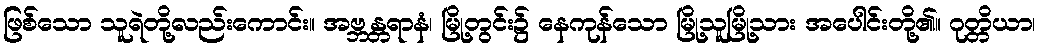
ဖြစ်သော သူရဲတို့လည်းကောင်း။ အဗ္ဘန္တရာနံ၊ မြို့တွင်း၌ နေကုန်သော မြို့သူမြို့သား အပေါင်းတို့၏။ ဂုတ္တိယာ၊